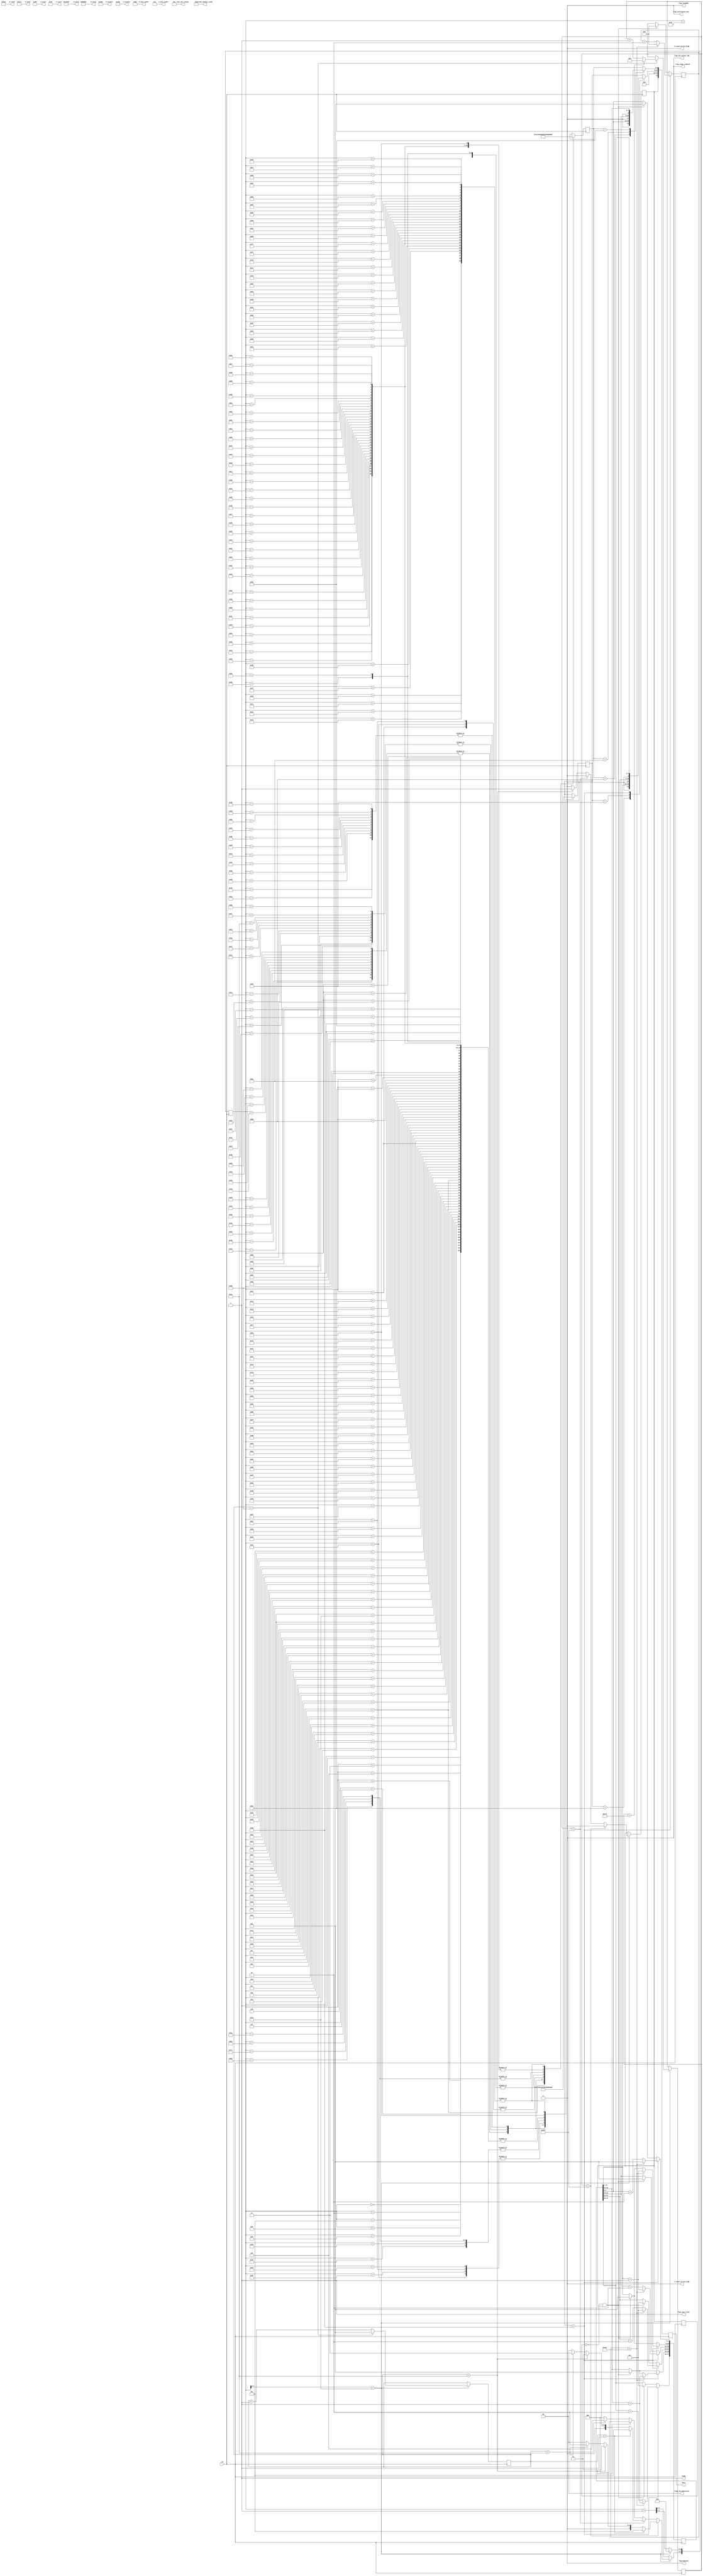
///////////////////////////////////////////////////////////////////////////////
// test_source_800_600_RGB_444_stream.v : A hack at making a colour stream
//
//
// Part of the DisplayPort_Verlog project - an open implementation of the 
// DisplayPort protocol for FPGA boards. 
//
// See https://github.com/hamsternz/DisplayPort_Verilog for latest versions.
//
///////////////////////////////////////////////////////////////////////////////
// Version |  Notes
// ----------------------------------------------------------------------------
//   1.0   | Initial Release
//
///////////////////////////////////////////////////////////////////////////////
//
// MIT License
// 
// Copyright (c) 2019 Mike Field
// 
// Permission is hereby granted, free of charge, to any person obtaining a copy
// of this software and associated documentation files (the "Software"), to deal
// in the Software without restriction, including without limitation the rights
// to use, copy, modify, merge, publish, distribute, sublicense, and/or sell
// copies of the Software, and to permit persons to whom the Software is
// furnished to do so, subject to the following conditions:
// 
// The above copyright notice and this permission notice shall be included in all
// copies or substantial portions of the Software.
// 
// THE SOFTWARE IS PROVIDED "AS IS", WITHOUT WARRANTY OF ANY KIND, EXPRESS OR
// IMPLIED, INCLUDING BUT NOT LIMITED TO THE WARRANTIES OF MERCHANTABILITY,
// FITNESS FOR A PARTICULAR PURPOSE AND NONINFRINGEMENT. IN NO EVENT SHALL THE
// AUTHORS OR COPYRIGHT HOLDERS BE LIABLE FOR ANY CLAIM, DAMAGES OR OTHER
// LIABILITY, WHETHER IN AN ACTION OF CONTRACT, TORT OR OTHERWISE, ARISING FROM,
// OUT OF OR IN CONNECTION WITH THE SOFTWARE OR THE USE OR OTHER DEALINGS IN THE
// SOFTWARE.
//
///////////////////////////////////////////////////////////////////////////////
//
// Want to say thanks?
//
// This design has taken many hours - 3 months of work for the initial VHDL
// design, and another month or so to convert it to Verilog for this release.
//
// I'm more than happy to share it if you can make use of it. It is released
// under the MIT license, so you are not under any onus to say thanks, but....
//
// If you what to say thanks for this design either drop me an email, or how about
// trying PayPal to my email (hamster@snap.net.nz)?
//
//  Educational use - Enough for a beer
//  Hobbyist use    - Enough for a pizza
//  Research use    - Enough to take the family out to dinner
//  Commercial use  - A weeks pay for an engineer (I wish!)
//
///////////////////////////////////////////////////////////////////////////////
module test_source_800_600_RGB_444_stream(
        output reg [23:0] M_value,
        output reg [23:0] N_value,
        output reg [11:0] H_visible,
        output reg [11:0] V_visible,
        output reg [11:0] H_total,
        output reg [11:0] V_total,
        output reg [11:0] H_sync_width,
        output reg [11:0] V_sync_width,
        output reg [11:0] H_start,
        output reg [11:0] V_start,
        output reg        H_vsync_active_high,
        output reg        V_vsync_active_high,
        output reg        flag_sync_clock,
        output reg        flag_YCCnRGB,
        output reg        flag_422n444,
        output reg        flag_YCC_colour_709,
        output reg        flag_range_reduced,
        output reg        flag_interlaced_even,
        output reg  [1:0] flags_3d_Indicators,
        output reg  [4:0] bits_per_colour,
        output reg  [2:0] stream_channel_count,

        input             clk,
        output reg        ready,
        output reg [72:0] data
    );

/////////////////////////////////////////////////////
// 
//  Transfer Units (TUs) are 0 to 26 pairs of symbols
//  Making them 54 symbols long. Each TU can transfer
//  8 pixels, making the pixel clock 8/54ths of the 
//  symbol rate. The symbol rate is 270M Symbols/s.
//
//  So pixel clock is 8/54*270 = 40M pixels/sec
/////////////////////////////////////////////////////
    
    localparam [8:0] DUMMY  = 9'b000000000;  // 0x03
    localparam [8:0] SPARE  = 9'b011111111;  // 0xFF
    localparam [8:0] ZERO   = 9'b000000000;  // 0x00
    localparam [8:0] PIX_00 = 9'b010000000;  // Byte 0 of pixel 0
    localparam [8:0] PIX_01 = 9'b010000001;  // Byte 1 of pixel 0
    localparam [8:0] PIX_02 = 9'b010000010;  // Byte 2 of pixel 0
    localparam [8:0] PIX_10 = 9'b010000100;  // Byte 0 of pixel 1
    localparam [8:0] PIX_11 = 9'b010000101;  // Byte 1 of pixel 1
    localparam [8:0] PIX_12 = 9'b010000110;  // Byte 2 of pixel 1

    localparam [8:0] BE     = 9'b111111011;  // K27.7 Blank End
    localparam [8:0] BS     = 9'b110111100;  // K28.5 Blank Start 
    localparam [8:0] FS     = 9'b111111110;  // K30.7 Fill Start
    localparam [8:0] FE     = 9'b111110111;  // K23.7 Fill End
   

    localparam [8:0] VB_VS  = 9'b000000001;  // 0x00  VB-ID with Vertical blank asserted 
    localparam [8:0] VB_NVS = 9'b000000000;  // 0x00  VB-ID without Vertical blank asserted
    localparam [8:0] MVID   = 9'b001101000;  // 0x68
    localparam [8:0] MAUD   = 9'b000000000;  // 0x00    
    
    reg [7:0] index = 0;
    reg [8:0] d0 = 0;
    reg [8:0] d1 = 0;
    reg [9:0] line_count = 0;
    reg [7:0] row_count = 0;
    reg       switch_point  = 0;

    reg [47:0] pixels_next;
    reg        new_next;

    reg [18:0] pixel_count;
    reg [47:0] pixels;
    reg        switch_point_last;

initial begin
    M_value              = 24'h012F68;
    N_value              = 24'h080000;
    H_visible            = 12'h320;  // 800
    V_visible            = 12'h258;  // 600
    H_total              = 12'h420;  // 1056
    V_total              = 12'h274;  // 628
    H_sync_width         = 12'h080;  // 128
    V_sync_width         = 12'h004;  // 4
    H_start              = 12'h0D8;  // 216 
    V_start              = 12'h01b;  // 37
    H_vsync_active_high  = 1'b0;
    V_vsync_active_high  = 1'b0;
    flag_sync_clock      = 1'b1;
    flag_YCCnRGB         = 1'b0;
    flag_422n444         = 1'b0;
    flag_range_reduced   = 1'b0;
    flag_interlaced_even = 1'b0;
    flag_YCC_colour_709  = 1'b0;
    flags_3d_Indicators  = 2'b00;
    bits_per_colour      = 5'b01000;

    stream_channel_count = 3'b001; 
    ready                = 1'b1;
    data                 = 73'b0;

    pixel_count          = 19'b0;
    switch_point_last    = 1'b0;
end


always @(posedge clk) begin
//////////////////////////////////
// Pixel value generation 
//////////////////////////////////
    /////////////////////////////////////////////
    // Detect the start of frame to reset counter
    /////////////////////////////////////////////
    if(switch_point_last == 1'b0 && switch_point == 1'b1) begin
       pixel_count <= 19'b0; 
       pixels      <= 48'h010001000000;  // pixel 0 & 1
    end

    ////////////////////////////////////////////////////
    // Advance the counter when last byte of pixel is used
    ////////////////////////////////////////////////////
    if(d1 == PIX_12) begin  // Can only be sed for d1
       if(pixel_count == 798) begin
         pixels[7:0]   <= 8'h00;              // Reset  Red in pixel 0
         pixels[15:8]  <= pixels[15:8]  + 1;  // Change Green in pixel 0
         pixels[23:16] <= pixels[15:8]  + 1;  // Change Blue in pixel 0

         pixels[31:24] <= 8'h01;              // Reset  Red in pixel 1
         pixels[39:32] <= pixels[39:32] + 1;  // Change Green in pixel 1
         pixels[47:40] <= pixels[39:32] + 1;  // Change Blue in pixel 1

         pixel_count   <= 19'b0;
       end else begin
         pixels[7:0]   <= pixels[7:0] + 2;   // Change Red  in pixel 0
         pixels[23:16] <= pixels[23:16] + 2; // Change Blue in pixel 0

         pixels[31:24] <= pixels[31:24] + 2; // Change Red  in pixel 1
         pixels[47:40] <= pixels[47:40] + 2; // Change Blue in pixel 1
         pixel_count   <= pixel_count + 2;
       end
    end
    switch_point_last <= switch_point;

///////////////////////////////////////////////
// Scheduling the data out to the pipeline
///////////////////////////////////////////////

    ///////////////////////////////////////////////
    // Stage 1 of video pipeline
    //
    // Replace the sentinel values with pixel data  
    ///////////////////////////////////////////////
    case(d1)
       // Data from pixel 0
       PIX_01: begin  data[17:9]  <= {1'b0, pixels[15:8]};  end
       // Data from pixel 1
       PIX_10: begin  data[17:9]  <= {1'b0, pixels[31:24]}; end
       PIX_12: begin  data[17:9]  <= {1'b0, pixels[47:40]}; end
       default:       data[17:9]  <= d1;
    endcase

    case(d0)
       // Data from pixel 0
       PIX_00: begin  data[8:0]   <= {1'b0, pixels[7:0]};   end
       PIX_02: begin  data[8:0]   <= {1'b0, pixels[23:16]}; end
       // Data from pixel 1
       PIX_11: begin  data[8:0]   <= {1'b0, pixels[39:32]}; end
       default:       data[8:0]   <= d0;
    endcase
    data[71:18]          <= 54'b0;
    data[72]             <= switch_point;

    ///////////////////////////////////////////////
    // Stage 0 of pipeline
    // 
    // Lookup what type of values to send
    ///////////////////////////////////////////////
    // Now load the next byte of the sequence into d0 and d1
    case(index)  
        8'h00: begin d0 <= DUMMY;  d1 <= DUMMY; end
        8'h01: begin d0 <= DUMMY;  d1 <= DUMMY; end
        8'h02: begin d0 <= DUMMY;  d1 <= DUMMY; end
        8'h03: begin d0 <= DUMMY;  d1 <= DUMMY; end
        8'h04: begin d0 <= DUMMY;  d1 <= DUMMY; end
        8'h05: begin d0 <= DUMMY;  d1 <= DUMMY; end
        8'h06: begin d0 <= DUMMY;  d1 <= DUMMY; end
        8'h07: begin d0 <= DUMMY;  d1 <= DUMMY; end
        8'h08: begin d0 <= DUMMY;  d1 <= DUMMY; end
        8'h09: begin d0 <= DUMMY;  d1 <= DUMMY; end
        8'h0A: begin d0 <= DUMMY;  d1 <= DUMMY; end
        8'h0B: begin d0 <= DUMMY;  d1 <= DUMMY; end
        8'h0C: begin d0 <= DUMMY;  d1 <= DUMMY; end
        8'h0D: begin d0 <= DUMMY;  d1 <= DUMMY; end
        8'h0E: begin d0 <= DUMMY;  d1 <= DUMMY; end
        8'h0F: begin d0 <= DUMMY;  d1 <= DUMMY; end
        8'h10: begin d0 <= DUMMY;  d1 <= DUMMY; end
        8'h11: begin d0 <= DUMMY;  d1 <= DUMMY; end
        8'h12: begin d0 <= DUMMY;  d1 <= DUMMY; end
        8'h13: begin d0 <= DUMMY;  d1 <= DUMMY; end
        8'h14: begin d0 <= DUMMY;  d1 <= DUMMY; end
        8'h15: begin d0 <= DUMMY;  d1 <= DUMMY; end
        8'h16: begin d0 <= DUMMY;  d1 <= DUMMY; end
        8'h17: begin d0 <= DUMMY;  d1 <= DUMMY; end
        8'h18: begin d0 <= DUMMY;  d1 <= DUMMY; end
        8'h19: begin d0 <= DUMMY;  d1 <= DUMMY; end
        8'h1A: begin d0 <= DUMMY;  d1 <= DUMMY; end
        8'h1B: begin d0 <= SPARE;  d1 <= SPARE; end
        8'h1C: begin d0 <= SPARE;  d1 <= SPARE; end
        8'h1D: begin d0 <= SPARE;  d1 <= SPARE; end
        8'h1E: begin d0 <= SPARE;  d1 <= SPARE; end
        8'h1F: begin d0 <= SPARE;  d1 <= SPARE; end
    
        // Block 1 - 8 white pixels and padding
        8'h20: begin d0 <= PIX_00; d1 <= PIX_01; end
        8'h21: begin d0 <= PIX_02; d1 <= PIX_10; end
        8'h22: begin d0 <= PIX_11; d1 <= PIX_12; end
        8'h23: begin d0 <= PIX_00; d1 <= PIX_01; end
        8'h24: begin d0 <= PIX_02; d1 <= PIX_10; end
        8'h25: begin d0 <= PIX_11; d1 <= PIX_12; end
        8'h26: begin d0 <= PIX_00; d1 <= PIX_01; end
        8'h27: begin d0 <= PIX_02; d1 <= PIX_10; end
        8'h28: begin d0 <= PIX_11; d1 <= PIX_12; end
        8'h29: begin d0 <= PIX_00; d1 <= PIX_01; end
        8'h2A: begin d0 <= PIX_02; d1 <= PIX_10; end
        8'h2B: begin d0 <= PIX_11; d1 <= PIX_12; end
        8'h2C: begin d0 <= FS;     d1 <= DUMMY;  end
        8'h2D: begin d0 <= DUMMY;  d1 <= DUMMY;  end
        8'h2E: begin d0 <= DUMMY;  d1 <= DUMMY;  end
        8'h2F: begin d0 <= DUMMY;  d1 <= DUMMY;  end
        8'h30: begin d0 <= DUMMY;  d1 <= DUMMY;  end
        8'h31: begin d0 <= DUMMY;  d1 <= DUMMY;  end
        8'h32: begin d0 <= DUMMY;  d1 <= DUMMY;  end
        8'h33: begin d0 <= DUMMY;  d1 <= DUMMY;  end
        8'h34: begin d0 <= DUMMY;  d1 <= DUMMY;  end
        8'h35: begin d0 <= DUMMY;  d1 <= DUMMY;  end
        8'h36: begin d0 <= DUMMY;  d1 <= DUMMY;  end
        8'h37: begin d0 <= DUMMY;  d1 <= DUMMY;  end
        8'h38: begin d0 <= DUMMY;  d1 <= DUMMY;  end
        8'h39: begin d0 <= DUMMY;  d1 <= DUMMY;  end
        8'h3A: begin d0 <= DUMMY;  d1 <= FE;     end
        8'h3B: begin d0 <= SPARE;  d1 <= SPARE;  end
        8'h3C: begin d0 <= SPARE;  d1 <= SPARE;  end
        8'h3D: begin d0 <= SPARE;  d1 <= SPARE;  end
        8'h3E: begin d0 <= SPARE;  d1 <= SPARE;  end
        8'h3F: begin d0 <= SPARE;  d1 <= SPARE;  end
    
        // Block 2 - 8 white pixels and padding; d1 <= VB-ID (-vsync); d1 <= Mvid; d1 <= MAud and junk
        8'h40: begin d0 <= PIX_00; d1 <= PIX_01; end
        8'h41: begin d0 <= PIX_02; d1 <= PIX_10; end
        8'h42: begin d0 <= PIX_11; d1 <= PIX_12; end
        8'h43: begin d0 <= PIX_00; d1 <= PIX_01; end
        8'h44: begin d0 <= PIX_02; d1 <= PIX_10; end
        8'h45: begin d0 <= PIX_11; d1 <= PIX_12; end
        8'h46: begin d0 <= PIX_00; d1 <= PIX_01; end
        8'h47: begin d0 <= PIX_02; d1 <= PIX_10; end
        8'h48: begin d0 <= PIX_11; d1 <= PIX_12; end
        8'h49: begin d0 <= PIX_00; d1 <= PIX_01; end
        8'h4A: begin d0 <= PIX_02; d1 <= PIX_10; end
        8'h4B: begin d0 <= PIX_11; d1 <= PIX_12; end
        8'h4C: begin d0 <= BS;     d1 <= VB_NVS; end
        8'h4D: begin d0 <= MVID;   d1 <= MAUD;   end
        8'h4E: begin d0 <= VB_NVS; d1 <= MVID;   end
        8'h4F: begin d0 <= MAUD;   d1 <= VB_NVS; end
        8'h50: begin d0 <= MVID;   d1 <= MAUD;   end
        8'h51: begin d0 <= VB_NVS; d1 <= MVID;   end
        8'h52: begin d0 <= MAUD;   d1 <= DUMMY;  end
        8'h53: begin d0 <= DUMMY;  d1 <= DUMMY;  end
        8'h54: begin d0 <= DUMMY;  d1 <= DUMMY;  end
        8'h55: begin d0 <= DUMMY;  d1 <= DUMMY;  end
        8'h56: begin d0 <= DUMMY;  d1 <= DUMMY;  end
        8'h57: begin d0 <= DUMMY;  d1 <= DUMMY;  end
        8'h58: begin d0 <= DUMMY;  d1 <= DUMMY;  end
        8'h59: begin d0 <= DUMMY;  d1 <= DUMMY;  end
        8'h5A: begin d0 <= DUMMY;  d1 <= DUMMY;  end
        8'h5B: begin d0 <= SPARE;  d1 <= SPARE;  end
        8'h5C: begin d0 <= SPARE;  d1 <= SPARE;  end
        8'h5D: begin d0 <= SPARE;  d1 <= SPARE;  end
        8'h5E: begin d0 <= SPARE;  d1 <= SPARE;  end
        8'h5F: begin d0 <= SPARE;  d1 <= SPARE;  end
    
        // Block 3 - 8 white pixels and padding; d1 <= VB-ID (+vsync); d1 <= Mvid; d1 <= MAud and junk
        8'h60: begin d0 <= PIX_00; d1 <= PIX_01; end
        8'h61: begin d0 <= PIX_02; d1 <= PIX_10; end
        8'h62: begin d0 <= PIX_11; d1 <= PIX_12; end
        8'h63: begin d0 <= PIX_00; d1 <= PIX_01; end
        8'h64: begin d0 <= PIX_02; d1 <= PIX_10; end
        8'h65: begin d0 <= PIX_11; d1 <= PIX_12; end
        8'h66: begin d0 <= PIX_00; d1 <= PIX_01; end
        8'h67: begin d0 <= PIX_02; d1 <= PIX_10; end
        8'h68: begin d0 <= PIX_11; d1 <= PIX_12; end
        8'h69: begin d0 <= PIX_00; d1 <= PIX_01; end
        8'h6A: begin d0 <= PIX_02; d1 <= PIX_10; end
        8'h6B: begin d0 <= PIX_11; d1 <= PIX_12; end
        8'h6C: begin d0 <= BS;     d1 <= VB_VS;  end
        8'h6D: begin d0 <= MVID;   d1 <= MAUD;   end
        8'h6E: begin d0 <= VB_VS;  d1 <= MVID;   end
        8'h6F: begin d0 <= MAUD;   d1 <= VB_VS;  end
        8'h70: begin d0 <= MVID;   d1 <= MAUD;   end
        8'h71: begin d0 <= VB_VS;  d1 <= MVID;   end
        8'h72: begin d0 <= MAUD;   d1 <= DUMMY;  end
        8'h73: begin d0 <= DUMMY;  d1 <=  DUMMY; end
        8'h74: begin d0 <= DUMMY;  d1 <=  DUMMY; end
        8'h75: begin d0 <= DUMMY;  d1 <=  DUMMY; end
        8'h76: begin d0 <= DUMMY;  d1 <=  DUMMY; end
        8'h77: begin d0 <= DUMMY;  d1 <=  DUMMY; end
        8'h78: begin d0 <= DUMMY;  d1 <=  DUMMY; end
        8'h79: begin d0 <= DUMMY;  d1 <=  DUMMY; end
        8'h7A: begin d0 <= DUMMY;  d1 <=  DUMMY; end
        8'h7B: begin d0 <= SPARE;  d1 <=  SPARE; end
        8'h7C: begin d0 <= SPARE;  d1 <=  SPARE; end
        8'h7D: begin d0 <= SPARE;  d1 <=  SPARE; end
        8'h7E: begin d0 <= SPARE;  d1 <=  SPARE; end
        8'h7F: begin d0 <= SPARE;  d1 <=  SPARE; end
    
        // Block 4 - DUMMY;Blank Start; d1 <= VB-ID (+vsync); d1 <= Mvid; d1 <= MAud and junk
        8'h80: begin d0 <= DUMMY; d1 <= DUMMY; end
        8'h81: begin d0 <= DUMMY; d1 <= DUMMY; end
        8'h82: begin d0 <= DUMMY; d1 <= DUMMY; end
        8'h83: begin d0 <= DUMMY; d1 <= DUMMY; end
        8'h84: begin d0 <= DUMMY; d1 <= DUMMY; end
        8'h85: begin d0 <= DUMMY; d1 <= DUMMY; end
        8'h86: begin d0 <= DUMMY; d1 <= DUMMY; end
        8'h87: begin d0 <= DUMMY; d1 <= DUMMY; end
        8'h88: begin d0 <= DUMMY; d1 <= DUMMY; end
        8'h89: begin d0 <= DUMMY; d1 <= DUMMY; end
        8'h8A: begin d0 <= DUMMY; d1 <= DUMMY; end
        8'h8B: begin d0 <= DUMMY; d1 <= DUMMY; end
        8'h8C: begin d0 <= BS;    d1 <= VB_VS; end
        8'h8D: begin d0 <= MVID;  d1 <= MAUD;  end
        8'h8E: begin d0 <= VB_VS; d1 <= MVID;  end
        8'h8F: begin d0 <= MAUD;  d1 <= VB_VS; end
        8'h90: begin d0 <= MVID;  d1 <= MAUD;  end
        8'h91: begin d0 <= VB_VS; d1 <= MVID;  end
        8'h92: begin d0 <= MAUD;  d1 <= DUMMY; end
        8'h93: begin d0 <= DUMMY; d1 <= DUMMY; end
        8'h94: begin d0 <= DUMMY; d1 <= DUMMY; end
        8'h95: begin d0 <= DUMMY; d1 <= DUMMY; end
        8'h96: begin d0 <= DUMMY; d1 <= DUMMY; end
        8'h97: begin d0 <= DUMMY; d1 <= DUMMY; end
        8'h98: begin d0 <= DUMMY; d1 <= DUMMY; end
        8'h99: begin d0 <= DUMMY; d1 <= DUMMY; end
        8'h9A: begin d0 <= DUMMY; d1 <= DUMMY; end
        8'h9B: begin d0 <= SPARE; d1 <= SPARE; end
        8'h9C: begin d0 <= SPARE; d1 <= SPARE; end
        8'h9D: begin d0 <= SPARE; d1 <= SPARE; end
        8'h9E: begin d0 <= SPARE; d1 <= SPARE; end
        8'h9F: begin d0 <= SPARE; d1 <= SPARE; end
    
        // Block 5 - just blank end
        8'hA0: begin d0 <= DUMMY; d1 <= DUMMY; end
        8'hA1: begin d0 <= DUMMY; d1 <= DUMMY; end
        8'hA2: begin d0 <= DUMMY; d1 <= DUMMY; end
        8'hA3: begin d0 <= DUMMY; d1 <= DUMMY; end
        8'hA4: begin d0 <= DUMMY; d1 <= DUMMY; end
        8'hA5: begin d0 <= DUMMY; d1 <= DUMMY; end
        8'hA6: begin d0 <= DUMMY; d1 <= DUMMY; end
        8'hA7: begin d0 <= DUMMY; d1 <= DUMMY; end
        8'hA8: begin d0 <= DUMMY; d1 <= DUMMY; end
        8'hA9: begin d0 <= DUMMY; d1 <= DUMMY; end
        8'hAA: begin d0 <= DUMMY; d1 <= DUMMY; end
        8'hAB: begin d0 <= DUMMY; d1 <= DUMMY; end
        8'hAC: begin d0 <= DUMMY; d1 <= DUMMY; end
        8'hAD: begin d0 <= DUMMY; d1 <= DUMMY; end
        8'hAE: begin d0 <= DUMMY; d1 <= DUMMY; end
        8'hAF: begin d0 <= DUMMY; d1 <= DUMMY; end
        8'hB0: begin d0 <= DUMMY; d1 <= DUMMY; end
        8'hB1: begin d0 <= DUMMY; d1 <= DUMMY; end
        8'hB2: begin d0 <= DUMMY; d1 <= DUMMY; end
        8'hB3: begin d0 <= DUMMY; d1 <= DUMMY; end
        8'hB4: begin d0 <= DUMMY; d1 <= DUMMY; end
        8'hB5: begin d0 <= DUMMY; d1 <= DUMMY; end
        8'hB6: begin d0 <= DUMMY; d1 <= DUMMY; end
        8'hB7: begin d0 <= DUMMY; d1 <= DUMMY; end
        8'hB8: begin d0 <= DUMMY; d1 <= DUMMY; end
        8'hB9: begin d0 <= DUMMY; d1 <= DUMMY; end
        8'hBA: begin d0 <= DUMMY; d1 <= BE;    end
        8'hBB: begin d0 <= SPARE; d1 <= SPARE; end
        8'hBC: begin d0 <= SPARE; d1 <= SPARE; end
        8'hBD: begin d0 <= SPARE; d1 <= SPARE; end
        8'hBE: begin d0 <= SPARE; d1 <= SPARE; end
        8'hBF: begin d0 <= SPARE; d1 <= SPARE; end
    endcase

    if(index[4:0] == 5'd26) begin  
        index[4:0] <= 5'd0;
        if(row_count == 131) begin
            row_count <= 8'b0;
            if(line_count == 627) begin
                line_count <= 10'b0;
            end else begin
                line_count <= line_count + 1;
            end
        end else begin
            row_count <= row_count +1;
        end

        // Block 0 - Junk
        // Block 1- 8 white pixels and padding
        // Block 2 - 8 white pixels and padding, VB-ID (-vsync), Mvid, MAud and junk
        // Block 3 - 8 white pixels and padding, VB-ID (+vsync), Mvid, MAud and junk
        // Block 4 - DUMMY,Blank Start, VB-ID (+vsync), Mvid, MAud and junk
        // Block 5 - just blank end
                
        index[7:5] <= 3'b000;  // Dummy symbols
        switch_point <= 1'b0;
        if(line_count < 599) begin //-- lines of active video (except first and last)
            if   (row_count <  1) index[7:5] <= 3'b101;  // Just blank end BE
            else if(row_count < 100) index[7:5] <= 3'b001;  // Pixels plus fill                                                 
            else if(row_count == 100) index[7:5] <= 3'b010;  // Pixels BS and VS-ID block (no VBLANK flag)       
            end else if(line_count == 599) begin // Last line of active video
                 if(row_count <  1) begin
                     index[7:5] <= 3'b101;  // Just blank end BE
                 end else if(row_count < 100) begin
                     index[7:5] <= 3'b001;  // Pixels plus fill 
                 end else if(row_count == 100) begin
                     index[7:5] <= 3'b011;  // Pixels BS and VS-ID block (with VBLANK flag)       
                 end
            end else begin
                //---------------------------------------------------------------
                // Allow switching to/from the idle pattern during the vertical blank
                //---------------------------------------------------------------                        
                if(row_count < 100) begin
                    switch_point <= 1'b1;
                end else if(row_count == 100) begin
                   index[7:5] <= 3'b100;  // Dummy symbols, BS and VS-ID block (with VBLANK flag)                        
                end
            end            
        end else begin
             index <= index + 1;
        end
    end
endmodule